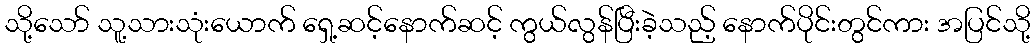
သို့သော် သူ့သားသုံးယောက် ရှေ့ဆင့်နောက်ဆင့် ကွယ်လွန်ပြီးခဲ့သည့် နောက်ပိုင်းတွင်ကား အပြင်သို့